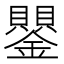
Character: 鑍